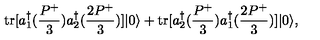
\mathrm { t r } [ a _ { 1 } ^ { \dagger } ( \frac { P ^ { + } } { 3 } ) a _ { 2 } ^ { \dagger } ( \frac { 2 P ^ { + } } { 3 } ) ] | 0 \rangle + \mathrm { t r } [ a _ { 2 } ^ { \dagger } ( \frac { P ^ { + } } { 3 } ) a _ { 1 } ^ { \dagger } ( \frac { 2 P ^ { + } } { 3 } ) ] | 0 \rangle ,